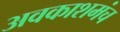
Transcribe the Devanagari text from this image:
अवकाशमंच